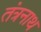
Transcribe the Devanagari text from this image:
तंंत्रनाथ